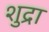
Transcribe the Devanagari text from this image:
शुद्रा